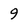
Character: 9